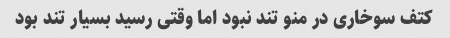
کتف سوخاری در منو تند نبود اما وقتی رسید بسیار تند بود